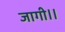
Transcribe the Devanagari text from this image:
जागी।।